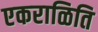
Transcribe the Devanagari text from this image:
एकराळिति